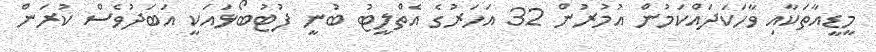
މީޑީއާތަކާއި ވާހަކަދައްކަމުން އުމުރުން 32 އަހަރުގެ އެތްލީޓު ބުނީ ފުޓުބޯޅައަކީ އަބަދުވެސް ކުރަން